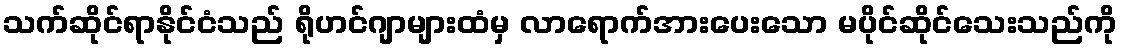
သက်ဆိုင်ရာနိုင်ငံသည် ရိုဟင်ဂျာများထံမှ လာရောက်အားပေးသော မပိုင်ဆိုင်သေးသည်ကို